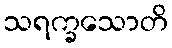
သရက္ခသောတိ